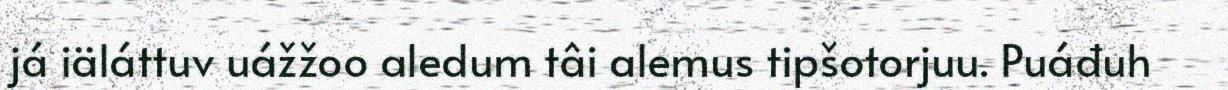
já iäláttuv uážžoo aledum tâi alemus tipšotorjuu. Puáđuh